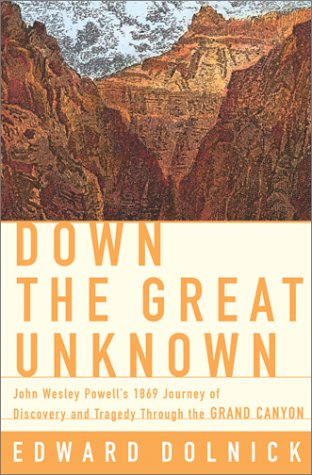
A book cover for Down the Great Unknown: John Wesley Powell's 1869 Journey of Discovery and Tragedy Through the Grand Canyon; Edward Dolnick; Travel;